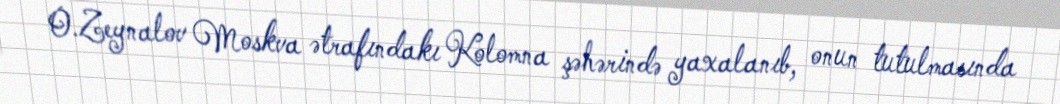
O.Zeynalov Moskva ətrafındakı Kolomna şəhərində yaxalanıb, onun tutulmasında